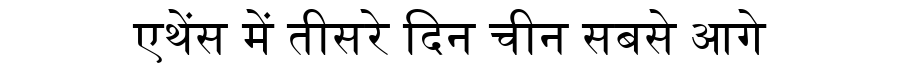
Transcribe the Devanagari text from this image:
एथेंस में तीसरे दिन चीन सबसे आगे